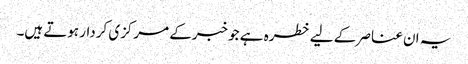
یہ ان عناصر کے لیے خطرہ ہے جو خبرکے مرکزی کردار ہوتے ہیں۔